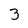
Character: 3